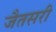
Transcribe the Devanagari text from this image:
जैतसरी